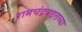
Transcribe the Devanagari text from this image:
रामचंद्रबद्दलच्या